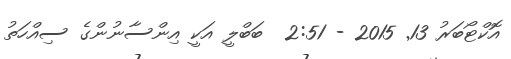
އޮކްޓޯބަރު 13